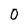
Character: O